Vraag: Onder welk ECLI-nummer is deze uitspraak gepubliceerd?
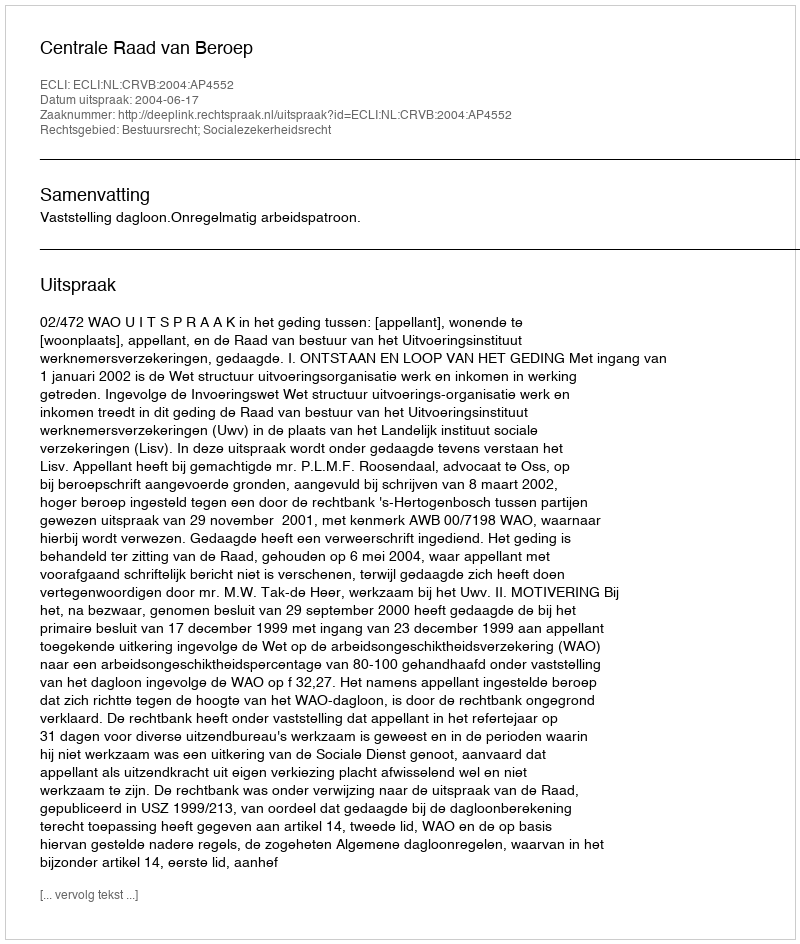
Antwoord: ECLI:NL:CRVB:2004:AP4552